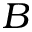
\boldsymbol { B }